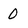
Character: 0